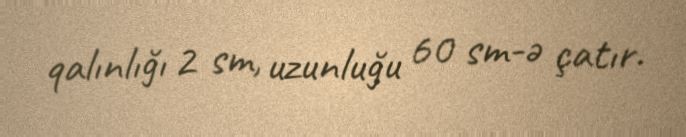
qalınlığı 2 sm, uzunluğu 60 sm-ə çatır.